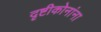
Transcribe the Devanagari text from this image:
दृष्टीकोनांना